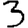
Digit: 3